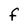
Character: f